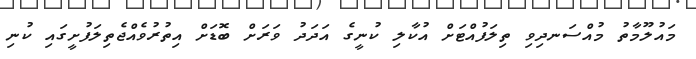
މައުލޫމާތު މުއްސަނދިވި ތިލަފުއްޓަށް އުކާލި ކުނީގެ އަދަދު ވަރަށް ބޮޑަށް އިތުރުވެއްޖެތިލަފުށީގައި ކުނި